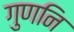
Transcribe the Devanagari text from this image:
गुणनि